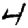
Digit: 4